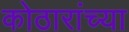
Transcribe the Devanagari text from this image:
कोठारांच्या